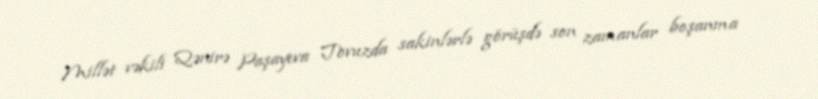
Millət vəkili Qənirə Paşayeva Tovuzda sakinlərlə görüşdə son zamanlar boşanma